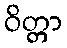
ဝိတ္တာ